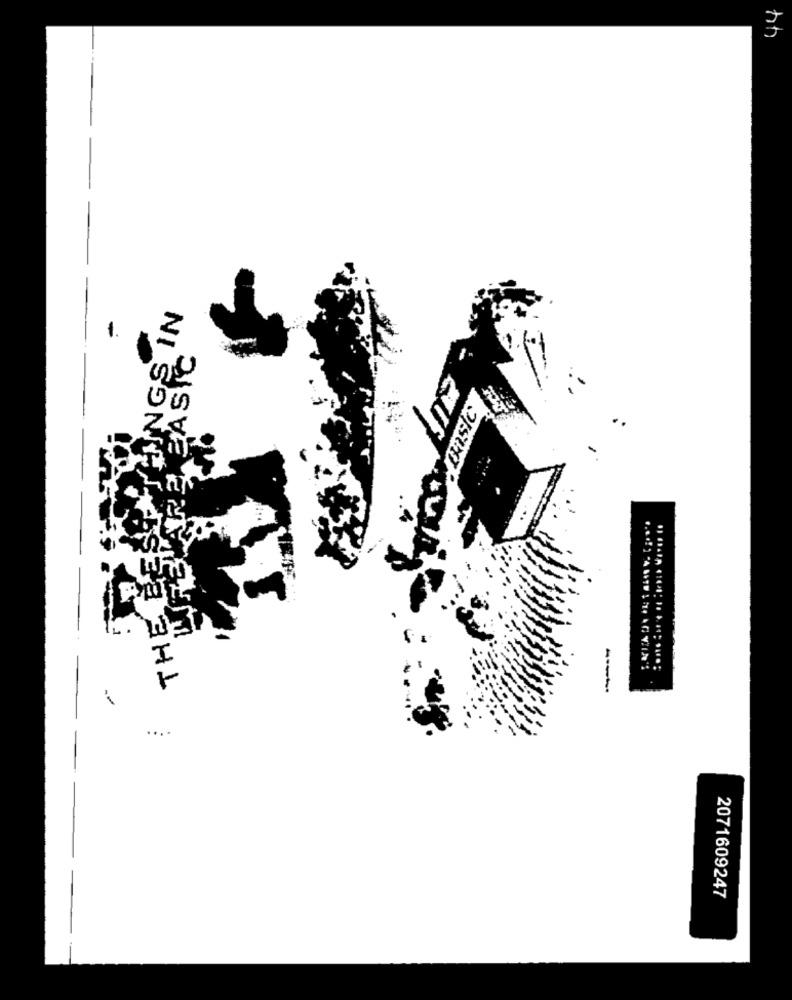
44
RINGS IN
ARE BASIC
THE BES
---
....
2071609247